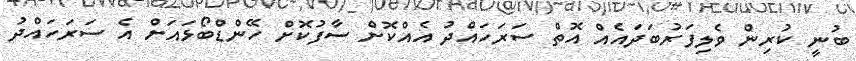
ބުނީ ކުރިން ވެލިފަރުބަދައެއް އޮތް ސަރަހައްދު އެއްކޮށް ސާފުކޮށް ހޭންޑްބޯޅައަށް އެ ސަރަހައްދު